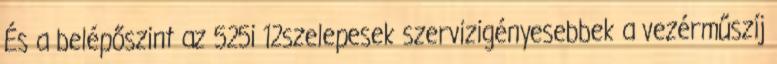
És a belépőszint az 525i 12szelepesek szervizigényesebbek a vezérműszíj